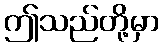
ဤသည်တို့မှာ